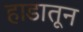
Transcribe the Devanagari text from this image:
हाडातून